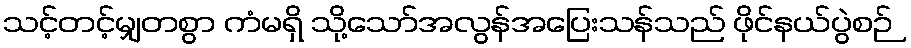
သင့်တင့်မျှတစွာ ကံမရှိ သို့သော်အလွန်အပြေးသန်သည် ဖိုင်နယ်ပွဲစဉ်